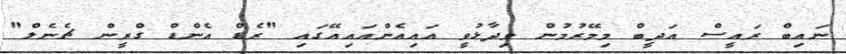
ނައިބް ރައީސް އަދީބް މިމޭރުމުން ވިދާޅުވީ އައިއެންއައިއޭގައި "ރެޑް އެންޑް ގްރީން ޗެނެލް"